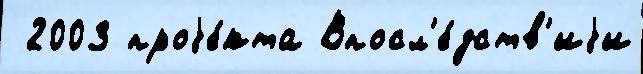
 2003 проjе́кта Впосл'е́дств'иjи